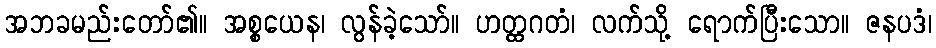
အဘခမည်းတော်၏။ အစ္စယေန၊ လွန်ခဲ့သော်။ ဟတ္ထဂတံ၊ လက်သို့ ရောက်ပြီးသော။ ဇနပဒံ၊